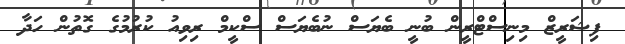
ފިޝަރީޒް މިނިސްޓްރީން ބުނީ ބެޔަސް ނުބެޔަސް ސްކީމް ރިވިއު ކުރުމުގެ ގޮތުން ހަދާ